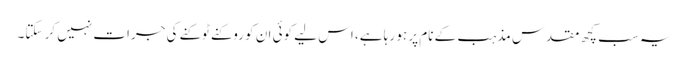
یہ سب کچھ مقدس مذہب کے نام پر ہو رہا ہے، اس لیے کوئی ان کو روکنے ٹوکنے کی جرات نہیں کر سکتا۔